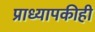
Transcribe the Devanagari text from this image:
प्राध्यापकीही